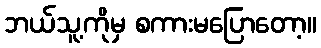
ဘယ်သူ့ကိုမှ စကားမပြောတော့။